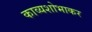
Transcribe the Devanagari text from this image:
काव्यशोभाकर